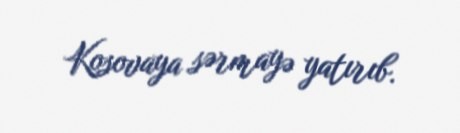
Kosovaya sərmayə yatırıb.